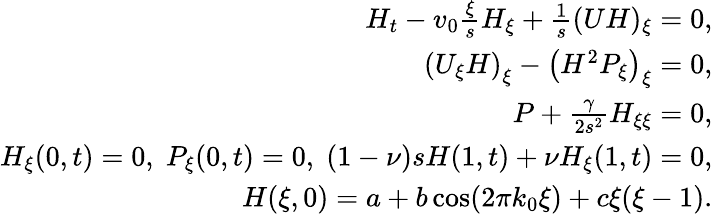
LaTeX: \begin{array}{r}{H_{t}-v_{0}\frac{\xi}{s}H_{\xi}+\frac{1}{s}(UH)_{\xi}=0,}\\ {\left(U_{\xi}H\right)_{\xi}-\left(H^{2}P_{\xi}\right)_{\xi}=0,}\\ {P+\frac{\gamma}{2s^{2}}H_{\xi\xi}=0,}\\ {H_{\xi}(0,t)=0,\; P_{\xi}(0,t)=0,\; (1-\nu)sH(1,t)+\nu H_{\xi}(1,t)=0,}\\ {H(\xi,0)=a+b\cos(2\pi k_{0}\xi)+c\xi(\xi-1).}\end{array}